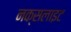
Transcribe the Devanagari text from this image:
नक्सलाइट